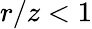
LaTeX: r/z<1